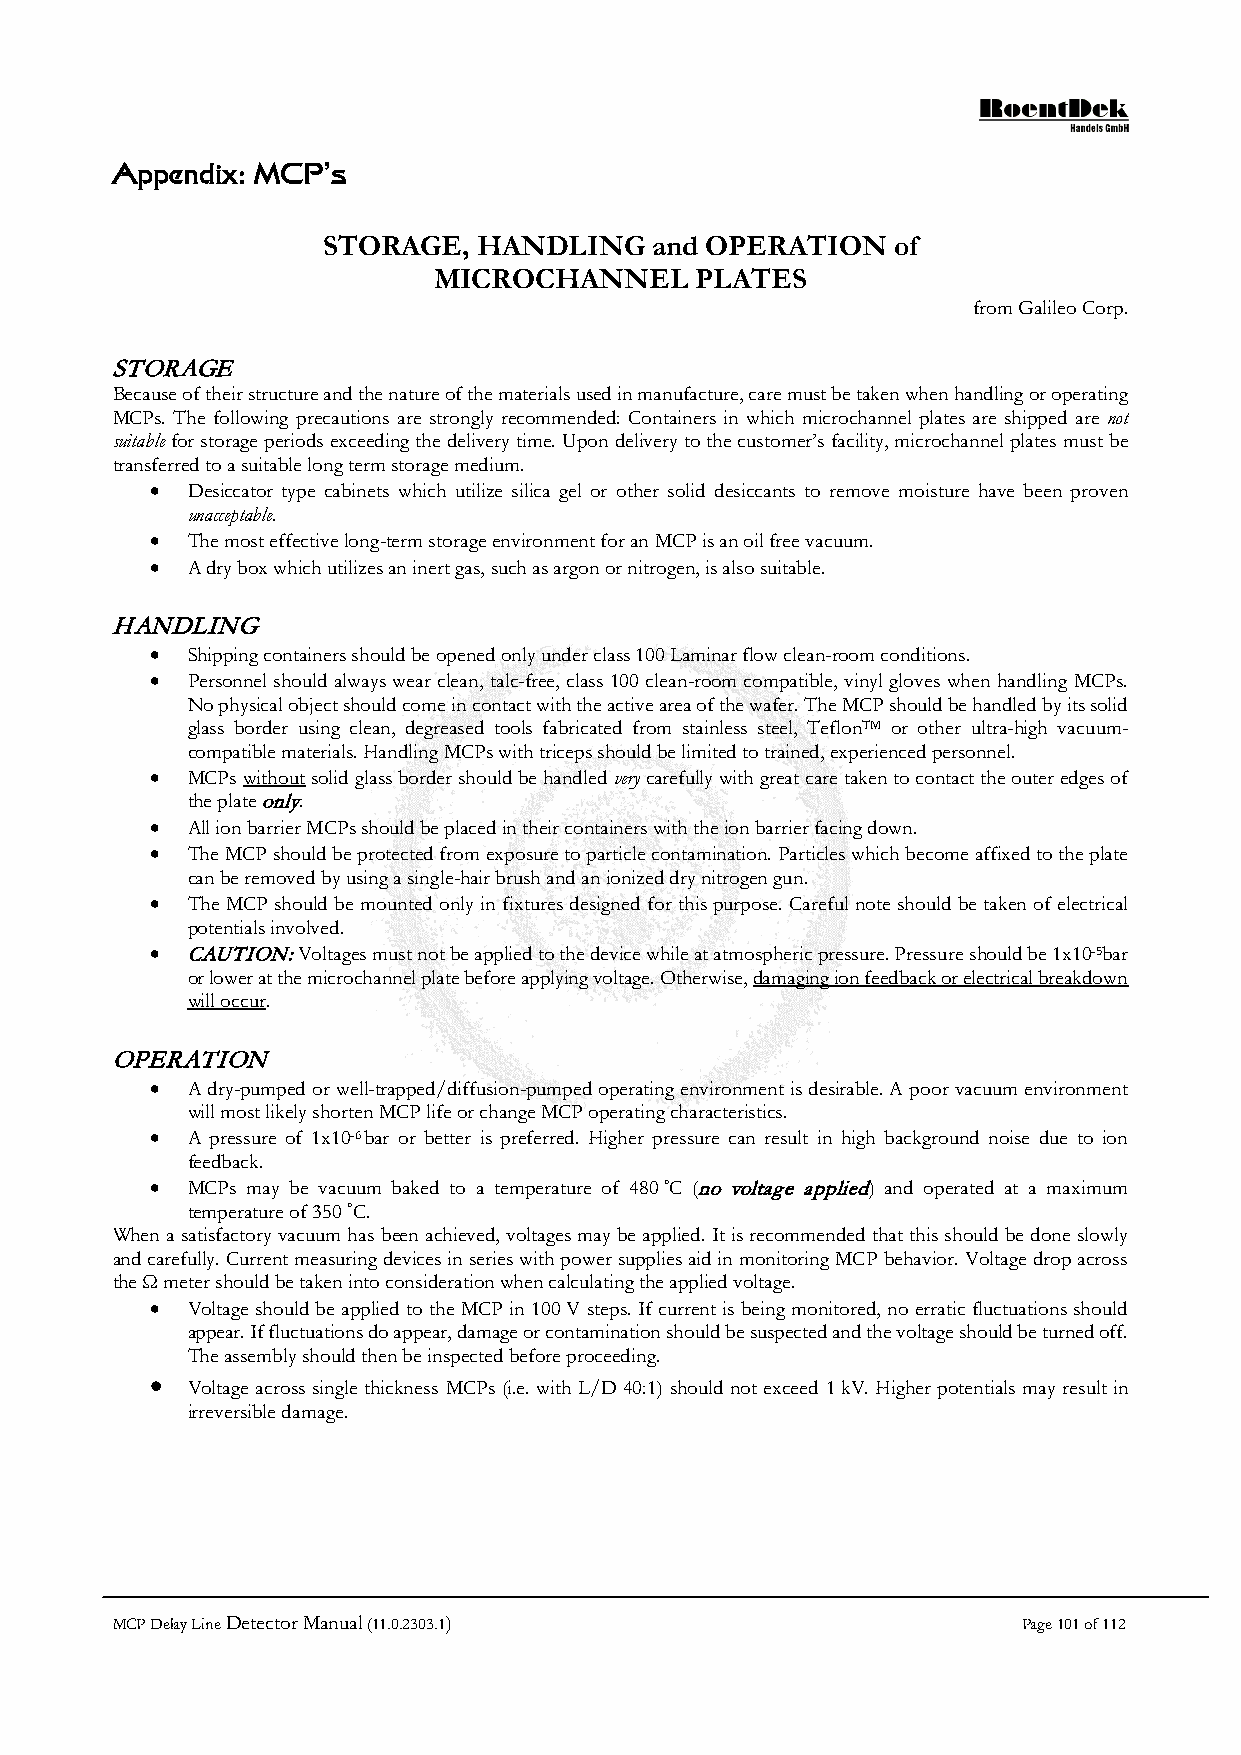
Appendix: MCP’s
 STORAGE,   HANDLING   and OPERATION   of
 MICROCHANNEL     PLATES
 from Galileo Corp.
 STORAGE
 Because of their structure and the nature of the materials used in manufacture, care must be taken when handling or operating
 MCPs. The following precautions are strongly recommended: Containers in which microchannel plates are shipped are not
 suitable for storage periods exceeding the delivery time. Upon delivery to the customer’s facility, microchannel plates must be
 transferred to a suitable long term storage medium.
 • Desiccator type cabinets which utilize silica gel or other solid desiccants to remove moisture have been proven
 unacceptable.
 • The most effective long-term storage environment for an MCP is an oil free vacuum.
 • A dry box which utilizes an inert gas, such as argon or nitrogen, is also suitable.
 HANDLING
 • Shipping containers should be opened only under class 100 Laminar flow clean-room conditions.
 • Personnel should always wear clean, talc-free, class 100 clean-room compatible, vinyl gloves when handling MCPs.
 No physical object should come in contact with the active area of the wafer. The MCP should be handled by its solid
 glass border using clean, degreased tools fabricated from stainless steel, TeflonTM or other ultra-high vacuum-
 compatible materials. Handling MCPs with triceps should be limited to trained, experienced personnel.
 • MCPs without solid glass border should be handled very carefully with great care taken to contact the outer edges of
 the plate only.
 • All ion barrier MCPs should be placed in their containers with the ion barrier facing down.
 • The MCP should be protected from exposure to particle contamination. Particles which become affixed to the plate
 can be removed by using a single-hair brush and an ionized dry nitrogen gun.
 • The MCP should be mounted only in fixtures designed for this purpose. Careful note should be taken of electrical
 potentials involved.
 • CAUTION: Voltages must not be applied to the device while at atmospheric pressure. Pressure should be 1x10-5bar
 or lower at the microchannel plate before applying voltage. Otherwise, damaging ion feedback or electrical breakdown
 will occur.
 OPERATION
 • A dry-pumped or well-trapped/diffusion-pumped operating environment is desirable. A poor vacuum environment
 will most likely shorten MCP life or change MCP operating characteristics.
 • A pressure of 1x10-6 bar or better is preferred. Higher pressure can result in high background noise due to ion
 feedback.
 • MCPs may be vacuum baked to a temperature of 480 °C (no voltage applied) and operated at a maximum
 temperature of 350 °C.
 When a satisfactory vacuum has been achieved, voltages may be applied. It is recommended that this should be done slowly
 and carefully. Current measuring devices in series with power supplies aid in monitoring MCP behavior. Voltage drop across
 the Ω meter should be taken into consideration when calculating the applied voltage.
 • Voltage should be applied to the MCP in 100 V steps. If current is being monitored, no erratic fluctuations should
 appear. If fluctuations do appear, damage or contamination should be suspected and the voltage should be turned off.
 The assembly should then be inspected before proceeding.
 •
 Voltage across single thickness MCPs (i.e. with L/D 40:1) should not exceed 1 kV. Higher potentials may result in
 irreversible damage.
 MCP Delay Line Detector Manual (11.0.2303.1)                 Page 101 of 112